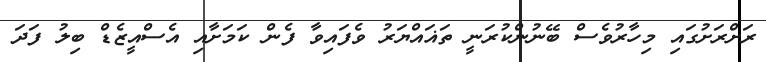
ރަށްރަށުގައި މިހާރުވެސް ބޭނުންކުރަނީ ތަޣައްޔަރު ވެފައިވާ ފެން ކަމަށާއި އެސްއީޒެޑް ބިލު ފަދަ